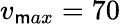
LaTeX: v_{\mathsf{m}ax}=70